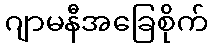
ဂျာမနီအခြေစိုက်